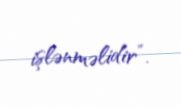
işlənməlidir”.